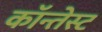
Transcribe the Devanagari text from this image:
कॉन्तेस्ट